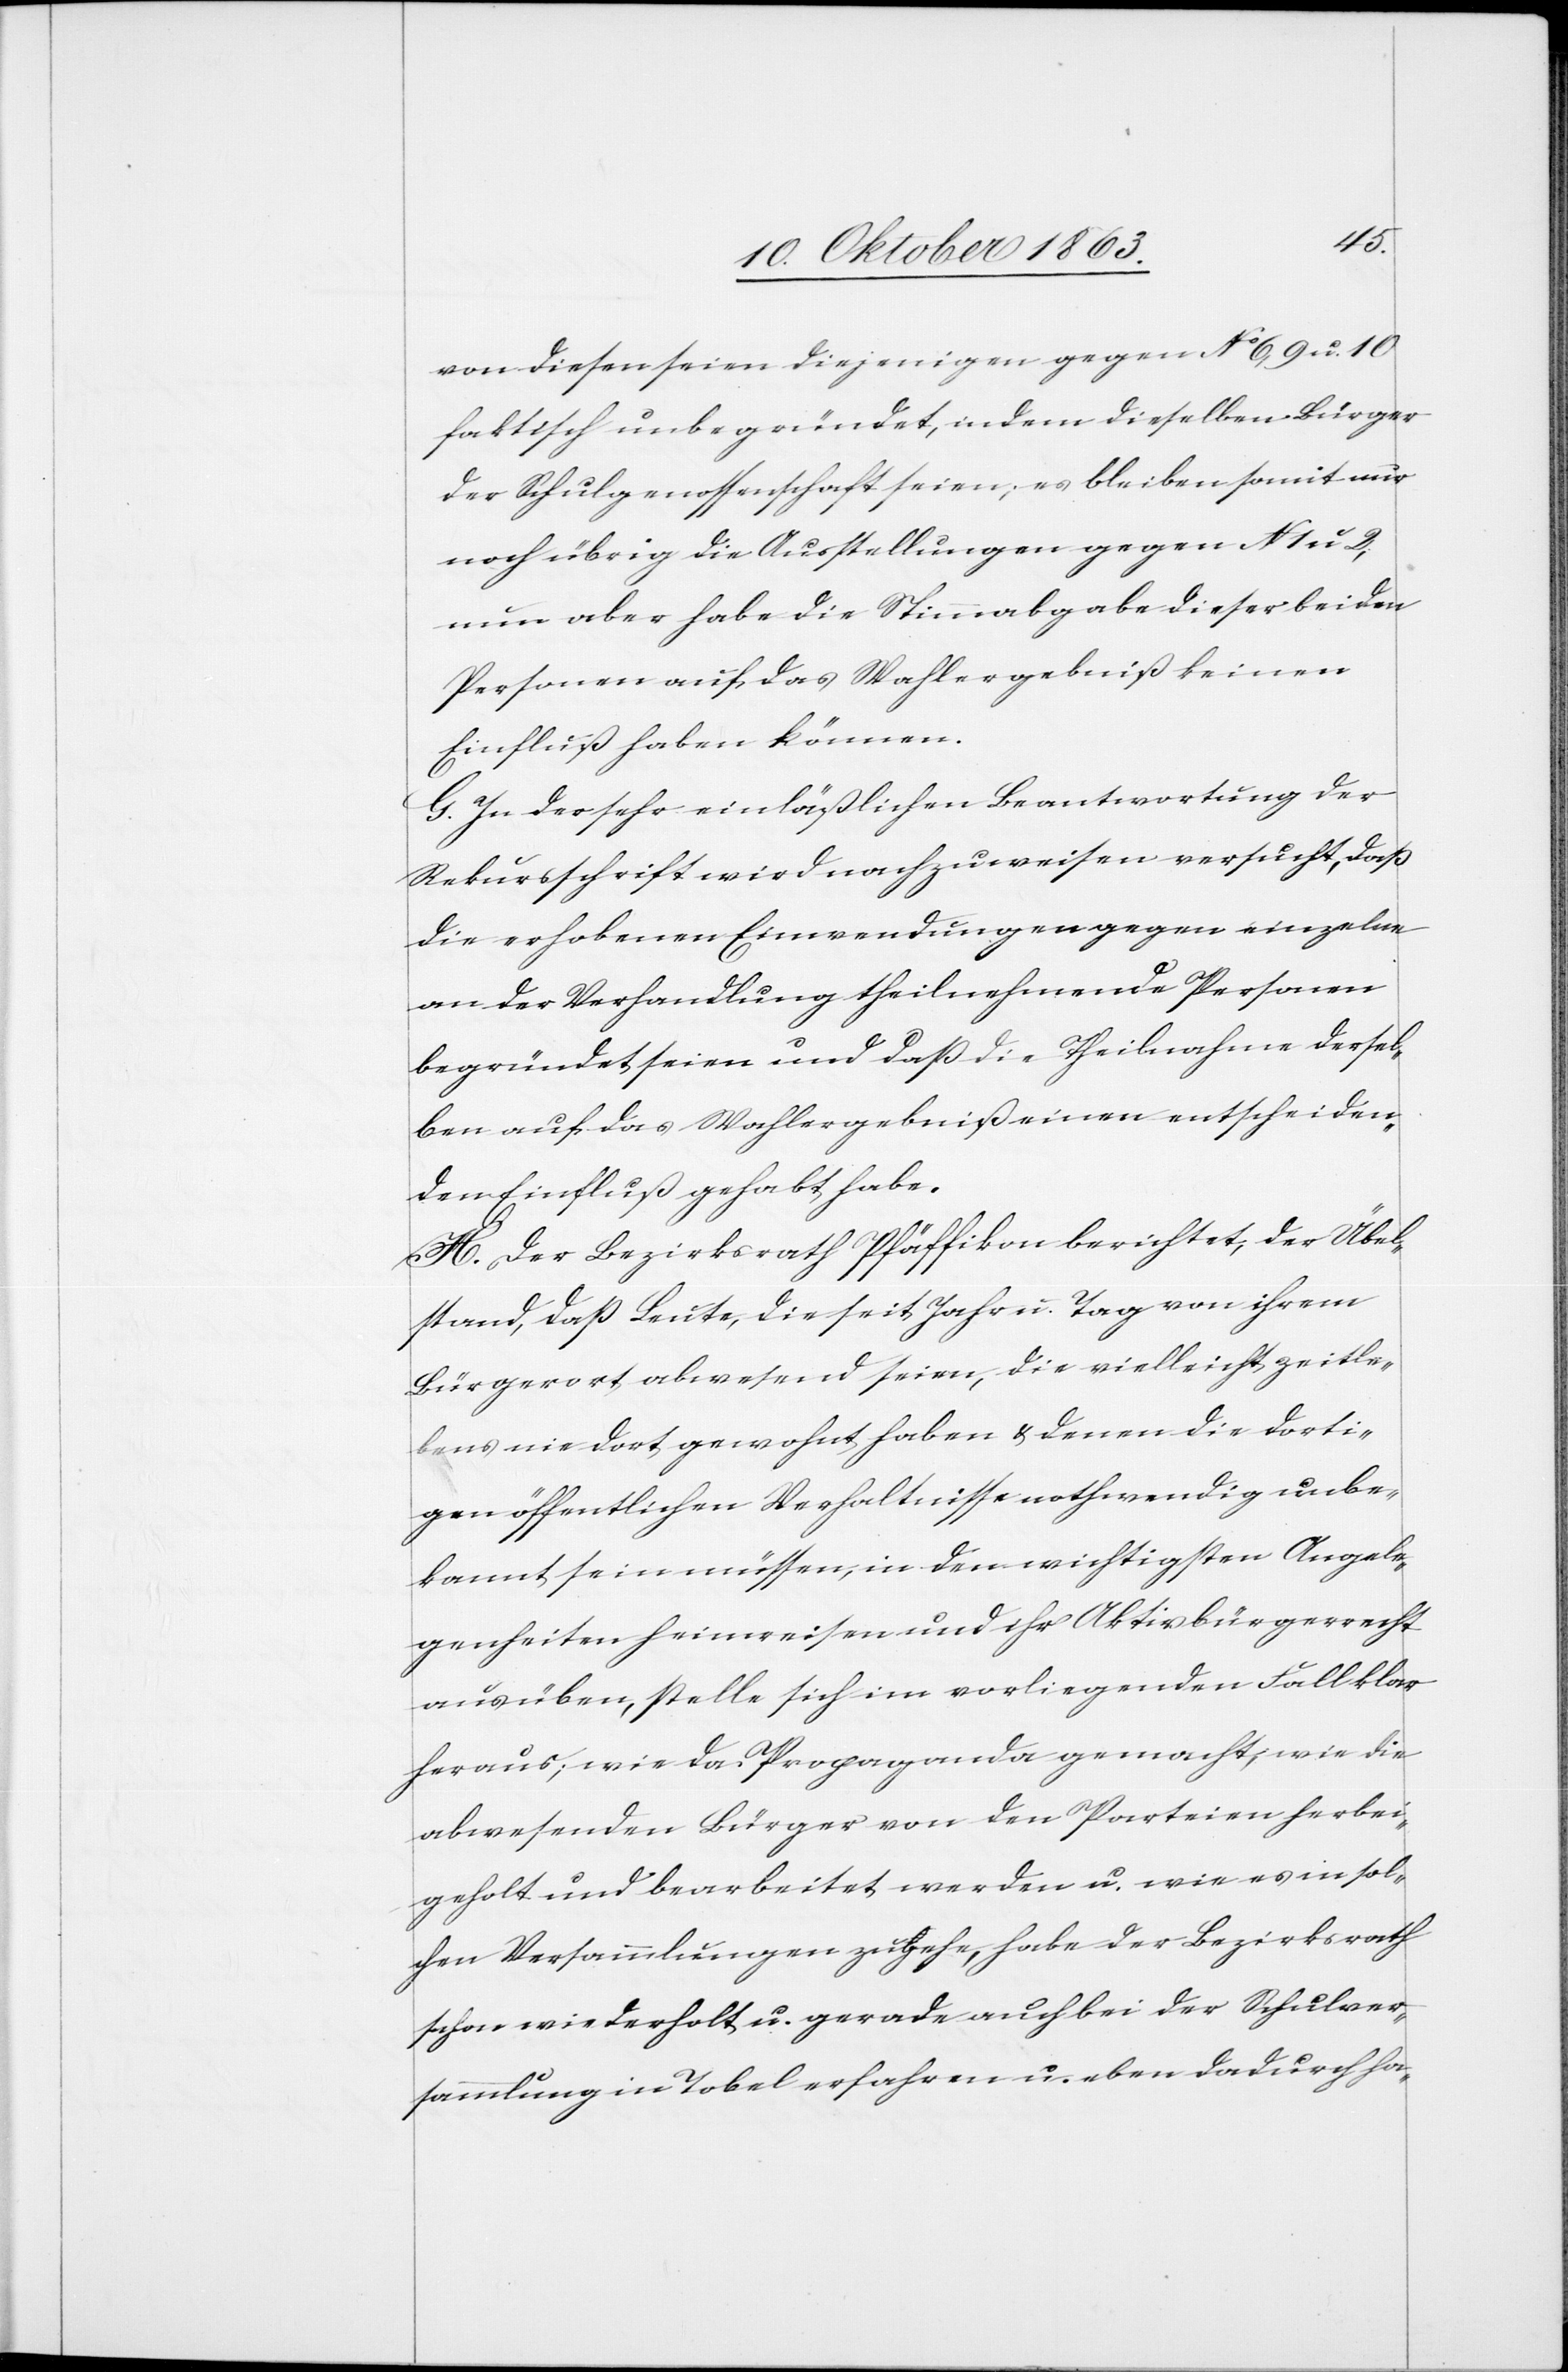
von diesen seien diejenigen gegen No 6, 9 u. 10
faktisch unbegründet, indem dieselben Bürger
der Schulgenossenschaft seien; es bleiben somit nur
noch übrig die Ausstellungen gegen N 1 u. 2;
nun aber habe die Stimmabgabe dieser beiden
Personen auf das Wahlergebniß keinen
Einfluß haben können.
G. In der sehr einläßlichen Beantwortung der
Rekursschrift wird nachzuweisen versucht, daß
die erhobenen Einwendungen gegen einzelne
an der Verhandlung theilnehmende Personen
begründet seien und daß die Theilnahme dersel¬
ben auf das Wahlergebniß einen entscheiden¬
den Einfluß gehabt habe.
H. Der Bezirksrath Pfäffikon berichtet, der Übel¬
stand, daß Leute, die seit Jahr u. Tag von ihrem
Bürgerort abwesend seien, die vielleicht zeitle¬
bens nie dort gewohnt haben & denen die dorti¬
gen öffentlichen Verhaltnisse [sic!] nothwendig unbe¬
kannt sein müssen, in den wichtigsten Angele¬
genheiten heimreisen und ihr Aktivbürgerrecht
ausüben, stelle sich im vorliegenden Fall klar
heraus; wie da Propaganda gemacht, wie die
abwesenden Bürger von den Parteien herbei¬
geholt und bearbeitet werden u. wie es in sol¬
chen Versammlungen zugehe, habe der Bezirksrath
schon wiederholt u. gerade auch bei der Schulver¬
sammlung in Tobel erfahren u. eben dadurch ha-